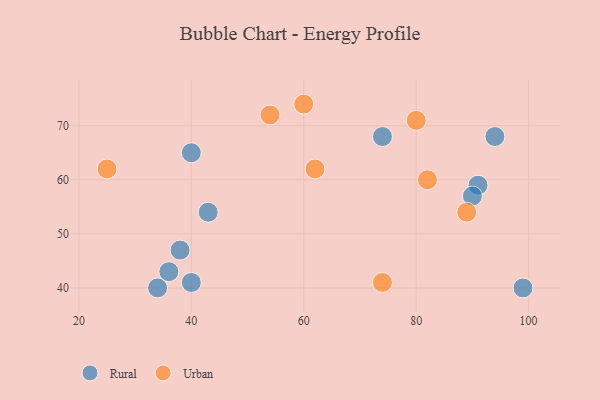
{"axis": {"x": "GDP", "y": "Life Expectancy"}, "legend": ["Rural", "Urban"], "data": [{"x": "38", "y": 47, "type": "Rural"}, {"x": "40", "y": 65, "type": "Rural"}, {"x": "74", "y": 68, "type": "Rural"}, {"x": "34", "y": 40, "type": "Rural"}, {"x": "94", "y": 68, "type": "Rural"}, {"x": "91", "y": 59, "type": "Rural"}, {"x": "40", "y": 41, "type": "Rural"}, {"x": "90", "y": 57, "type": "Rural"}, {"x": "43", "y": 54, "type": "Rural"}, {"x": "99", "y": 40, "type": "Rural"}, {"x": "36", "y": 43, "type": "Rural"}, {"x": "80", "y": 71, "type": "Urban"}, {"x": "25", "y": 62, "type": "Urban"}, {"x": "89", "y": 54, "type": "Urban"}, {"x": "62", "y": 62, "type": "Urban"}, {"x": "54", "y": 72, "type": "Urban"}, {"x": "60", "y": 74, "type": "Urban"}, {"x": "74", "y": 41, "type": "Urban"}, {"x": "82", "y": 60, "type": "Urban"}]}